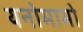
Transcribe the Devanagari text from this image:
यनोमामो